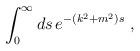
LaTeX: \begin{align*}\int_0^\infty ds\, e^{-(k^2 + m^2)s}\ , \end{align*}